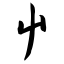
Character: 屮